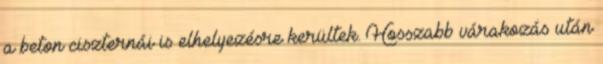
a beton ciszternái is elhelyezésre kerültek. Hosszabb várakozás után